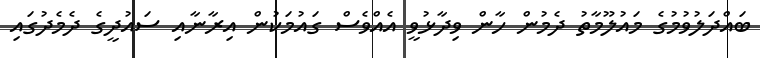
ބައްދަލުވުމުގެ މައުލޫމާތު ދެމުން ހާން ވިދާޅުވީ އެއްވެސް ގައުމަކުން އިރާނާއި ސައުދީގެ ދެމެދުގައި